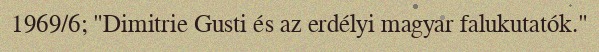
1969/6; "Dimitrie Gusti és az erdélyi magyar falukutatók."